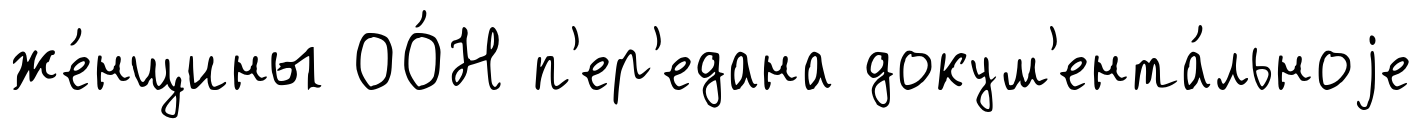
же́нщины ОО́Н п'ер'едана докум'ента́льноjе